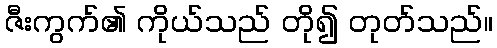
ဇီးကွက်၏ ကိုယ်သည် တို၍ တုတ်သည်။